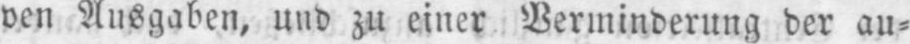
ven Ausgaben, und zu einer Verminderung der au⸗